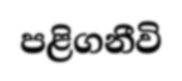
පළිගනීවි